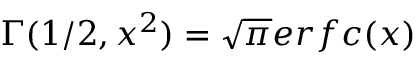
\Gamma ( 1 / 2 , x ^ { 2 } ) = \sqrt { \pi } e r f c ( x )